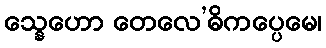
သ္နေဟော တေလေ’ဓိကပ္ပေမေ၊